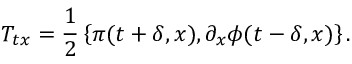
T _ { t x } = { \frac { 1 } { 2 } } \left\{ \pi ( t + \delta , x ) , \partial _ { x } \phi ( t - \delta , x ) \right\} .